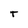
Character: t